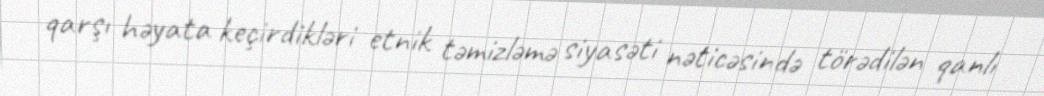
qarşı həyata keçirdikləri etnik təmizləmə siyasəti nəticəsində törədilən qanlı